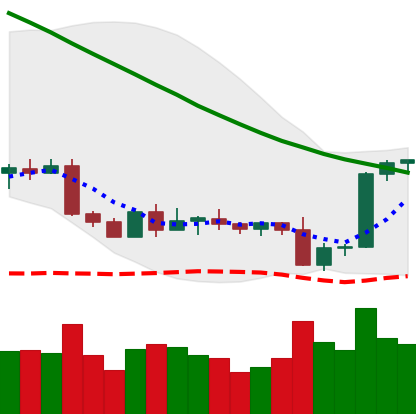
Ticker: BTC-USD
Chart end date: 2022-09-11
Forward return: -9.172%
Label: down_7plus